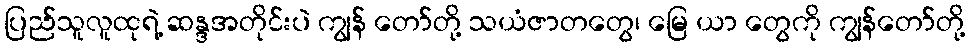
ပြည်သူလူထုရဲ့ ဆန္ဒအတိုင်းပဲ ကျွန် တော်တို့ သယံဇာတတွေ၊ မြေ ယာ တွေကို ကျွန်တော်တို့